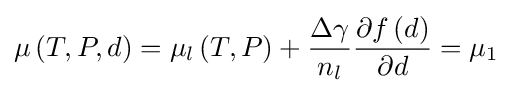
\mu \left(T,P,d\right)=\mu _{l}\left(T,P\right)+{\frac {\Delta \gamma }{n_{l}}}{\frac {\partial f\left(d\right)}{\partial d}}=\mu _{1}